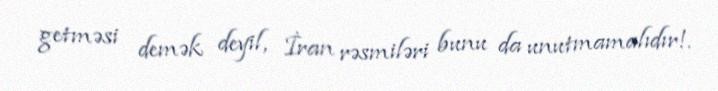
getməsi demək deyil, İran rəsmiləri bunu da unutmamalıdır!.